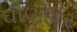
ઘીણોધર